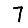
Digit: 7